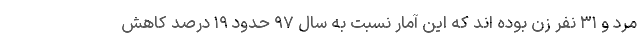
مرد و ۳۱ نفر زن بوده اند که این آمار نسبت به سال ۹۷ حدود ۱۹ درصد کاهش